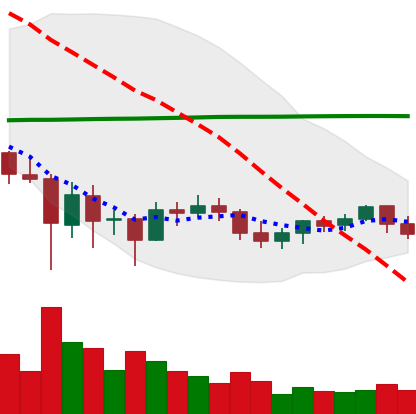
Ticker: BTC-USD
Chart end date: 2021-06-05
Forward return: 3.237%
Label: up_3_5